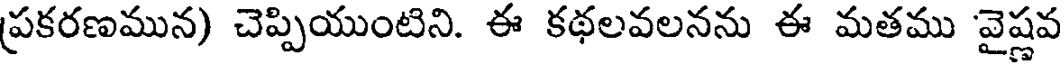
ప్రకరణమున) చెప్పియుంటిని. ఈ కథలవలనను ఈ మతము వైష్ణవ